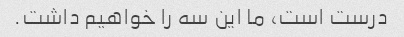
درست است، ما این سه را خواهیم داشت.